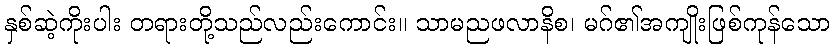
နှစ်ဆဲ့ကိုးပါး တရားတို့သည်လည်းကောင်း။ သာမညဖလာနိစ၊ မဂ်၏အကျိုးဖြစ်ကုန်သော